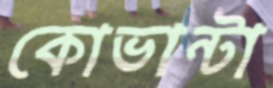
কোভান্টা